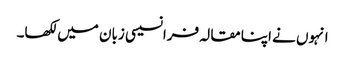
انہوں نے اپنا مقالہ فرانسیسی زبان میں لکھا۔